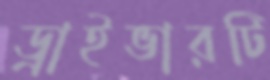
ড্রাইভারটি